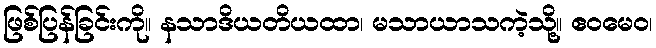
ဖြစ်ပြန်ခြင်းကို။ နသာဒိယတိယထာ၊ မသာယာသကဲ့သို့။ ဧဝမေဝ၊